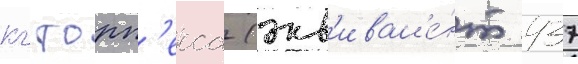
кг торп'екса (экв'ивал'е́нт 437